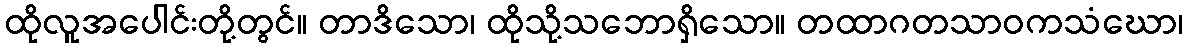
ထိုလူအပေါင်းတို့တွင်။ တာဒိသော၊ ထိုသို့သဘောရှိသော။ တထာဂတသာဝကသံဃော၊